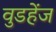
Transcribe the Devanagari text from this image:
वुडहेंज